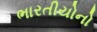
ભારતીયોનો